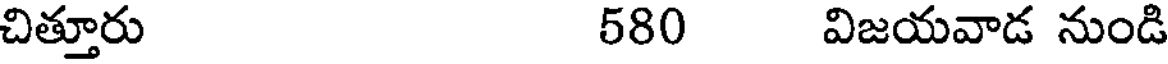
చిత్తూరు 580 విజయవాడ నుండి